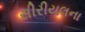
સીરીયલના